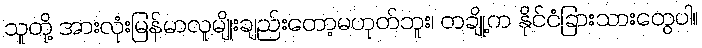
သူတို့ အားလုံးမြန်မာလူမျိုးချည်းတော့မဟုတ်ဘူး၊ တချို့က နိုင်ငံခြားသားတွေပါ။